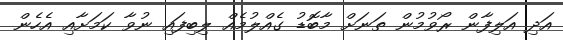
އަދި އަލިފާން ރޯވުމުން ތަނަށް މާބޮޑު ގެއްލުމެއް ލިބިފައި ނުވާ ކަމަށާއި އެހެން